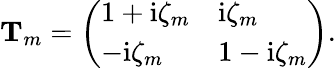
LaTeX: \begin{array}{r}{\mathbf T_{m}=\left(\begin{array}{ll}{1+\mathrm{i}\zeta_{m}}&{\mathrm{i}\zeta_{m}}\\ {-\mathrm{i}\zeta_{m}}&{1-\mathrm{i}\zeta_{m}}\end{array}\right).}\end{array}